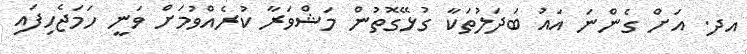
އދ. އަށް ގެންނަ އައު ބަދަލުތަކާ ގުޅޭގޮތުން މަޝްވަރާ ކުރެއްވުމަށް ވަނީ ހަމަޖެހިފައި